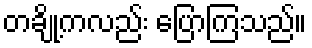
တချို့ကလည်း ပြောကြသည်။